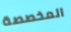
المخصصة